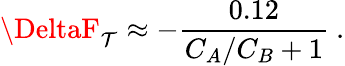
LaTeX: \DeltaF_{\mathcal{T}}\approx-{\frac{{0.12}}{{C_{A}/C_{B}+1}}}\ .